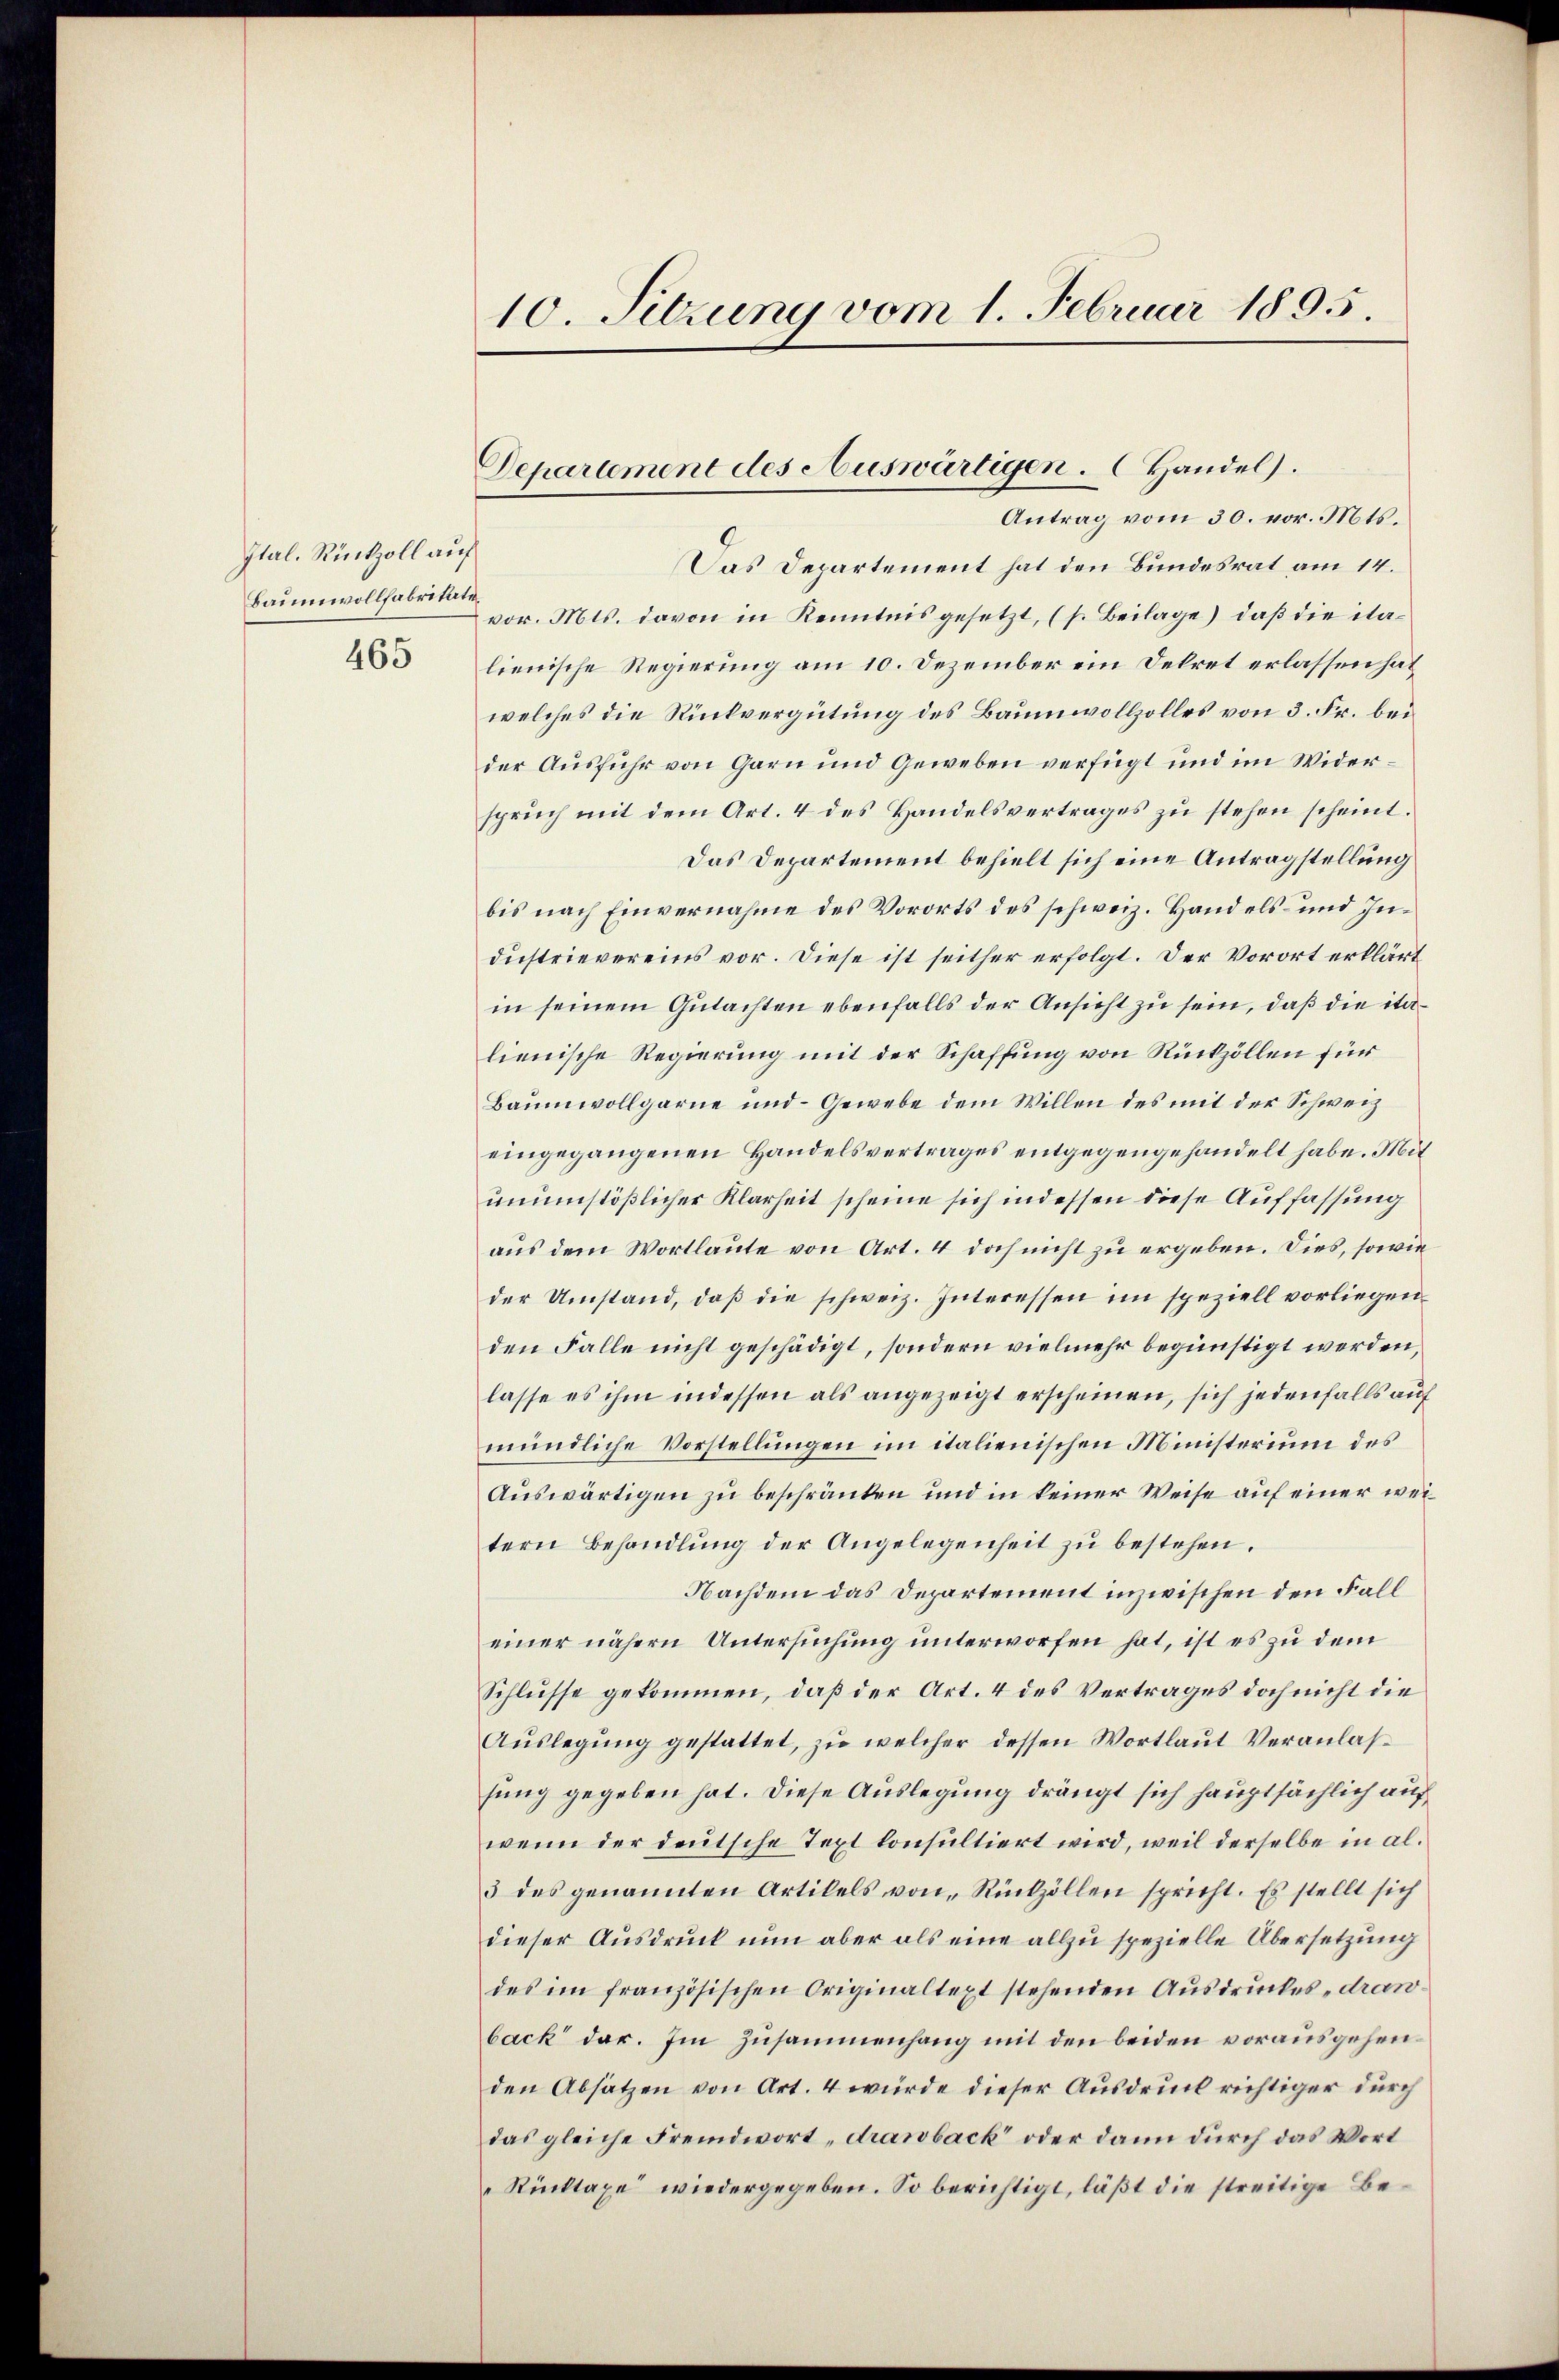
Ital. Rückzoll auf
Baumwollfabritate

465

10. Sitzung vom 1. Februar 1895.

Das Departement hat den Bundesrat am 14.
vor. Mts. davon in Kenntnis gesetzt, (s. Beilage), daß die italienische Regierung am 10. Dezember ein Dekret erlassen hat
welches die Rückvergütung des Baumwollzolles von 3. Fr. bei
der Ausfuhr von Garn und Geweben verfügt und im Widerspruch mit dem Art. 4 des Handelsvertrages zŭ stehen scheint.
Das Departement behielt sich eine Antragstellung
bis nach Einvernahme des Vororts des schweiz. Handels- und Industrievereins vor. Diese ist seither erfolgt. Der Vorort erklärt
in seinem Gutachten ebenfalls der Ansicht zu sein, daß die italienische Regierung mit der Schaffung von Rückzollen für
Baumwollgarne und Gewebe dem Willen des mit der Schweiz
eingegangenen Handelsvertrages entgegengehandelt habe. Mit
unumstößlicher Klarheit scheine sich indessen diese Auffassung
aus dem Wortlaute von Art. 4 doch nicht zu ergeben. Dies, sowie
der Umstand, daß die schweiz. Interessen im speziell vorliegen
den Falle nicht geschädigt, sondern vielmehr begünstigt werden,
lasse es ihm indessen als angezeigt erscheinen, sich jedenfalls auf
mündliche Vorstellungen im italienischen Ministerium des
Auswärtigen zu beschränken und in keiner Weise auf einer weitern Behandlŭng der Angelegenheit zŭ bestehen.
Nachdem das Departement inzwischen den Fall
einer nähern Untersuchung unterworfen hat, ist es zu dem
Schlusse gekommen, daß der Art. 4 des Vertrages doch nicht die
Aŭslegung gestattet, zu welcher dessen Wortlaut Veranlasfung gegeben hat. Diese Auslegung drängt sich hauptsächlich auf
wenn der deutsche Text konsultiert wird, weil derselbe in al¬
3 des genannten Artikels von Rückzöllen spricht. Es stellt sich
dieser Ausdruck nun aber als eine allzu spezielle Übersetzung
des im französischen Originaltext stehenden Ausdruckes „dranback dar. Im Zusammenhang mit den beiden vorausgehenden Absätzen von Art. 4 wurde dieser Ausdruck richtiger durch
das gleiche Fremdwort „drawback oder dann durch das Wort
Rücktaxe wiedergegeben. So berichtigt, läßt die streitige Be¬

Departement des Auswärtigen. Handel).
Antrag vom 30. vor. Mts.